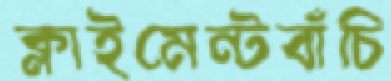
ক্লাইমেন্টবাঁচি